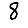
Digit: 8